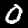
Label: 0